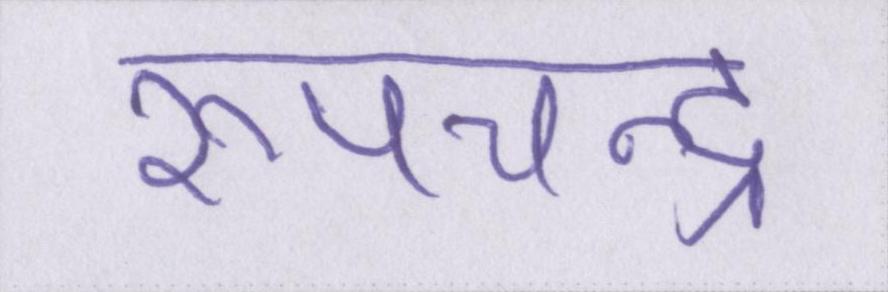
रूपचन्द्र